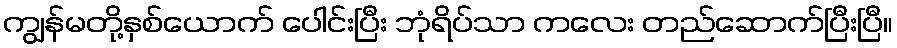
ကျွန်မတို့နှစ်ယောက် ပေါင်းပြီး ဘုံရိပ်သာ ကလေး တည်ဆောက်ပြီးပြီ။